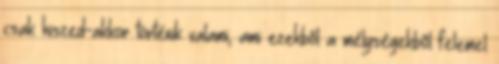
csak hiszed-akkor történik valami, ami ezekbõl a mélységekbõl felemel